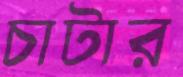
চাটার